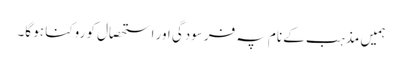
ہمیں مذہب کے نام پہ فرسودگی اور استحصال کو روکنا ہو گا۔